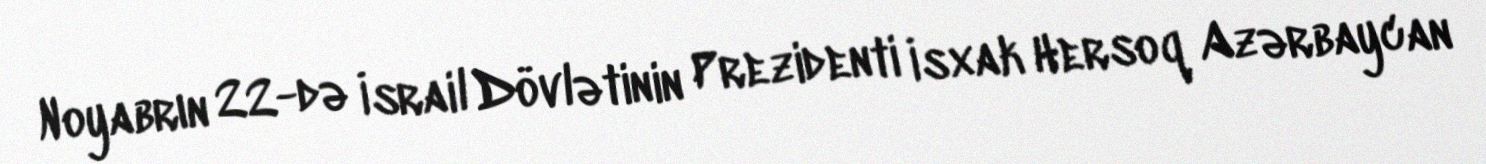
Noyabrın 22-də İsrail Dövlətinin Prezidenti İsxak Hersoq Azərbaycan